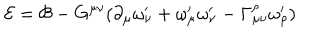
\mathcal { E = B } - G ^ { \mu \nu } ( \partial _ { \mu } \omega _ { \nu } ^ { \prime } + \omega _ { \mu } ^ { \prime } \omega _ { \nu } ^ { \prime } - \Gamma _ { \mu \nu } ^ { \rho } \omega _ { \rho } ^ { \prime } )